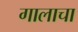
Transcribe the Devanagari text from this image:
गालाचा